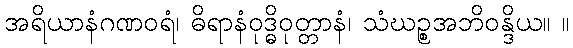
အရိယာနံဂဏဝရံ၊ ဓိရာနံဝုဒ္ဓိဝုတ္တာနံ၊ သံဃဉ္စအဘိဝန္ဒိယ။ ။